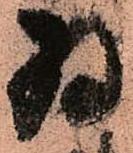
為